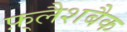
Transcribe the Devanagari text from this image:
फ़्लैशबैक